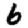
Digit: 6